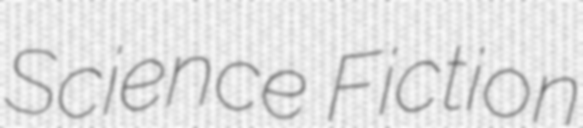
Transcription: Science Fiction